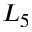
L _ { 5 }